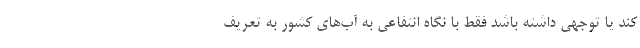
کند یا توجهی داشته باشد فقط با نگاه انتفاعی به آب‌های کشور به تعریف